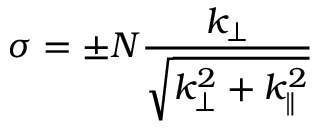
\sigma = \pm N \frac { k _ { \perp } } { \sqrt { k _ { \perp } ^ { 2 } + k _ { \parallel } ^ { 2 } } }